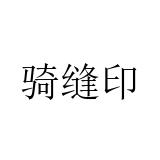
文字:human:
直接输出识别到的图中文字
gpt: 骑缝印